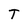
Character: T